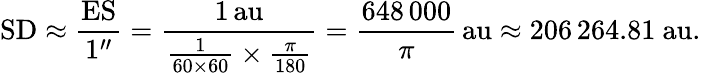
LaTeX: \mathrm{SD}\approx{\frac{\mathrm{ES}}{1^{\prime\prime}}}={\frac{1\, {\mathrm{au}}}{{\frac{1}{60\times 60}}\times{\frac{\pi}{180}}}}={\frac{648\, 000}{\pi}}\, {\mathrm{au}}\approx 206\, 264.81{\mathrm{~au}}.